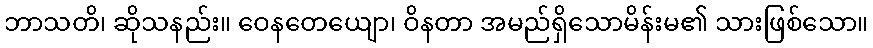
ဘာသတိ၊ ဆိုသနည်း။ ဝေနတေယျော၊ ဝိနတာ အမည်ရှိသောမိန်းမ၏ သားဖြစ်သော။